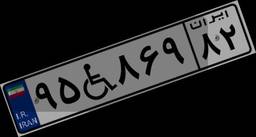
۰۰W۰۴۴۹۹